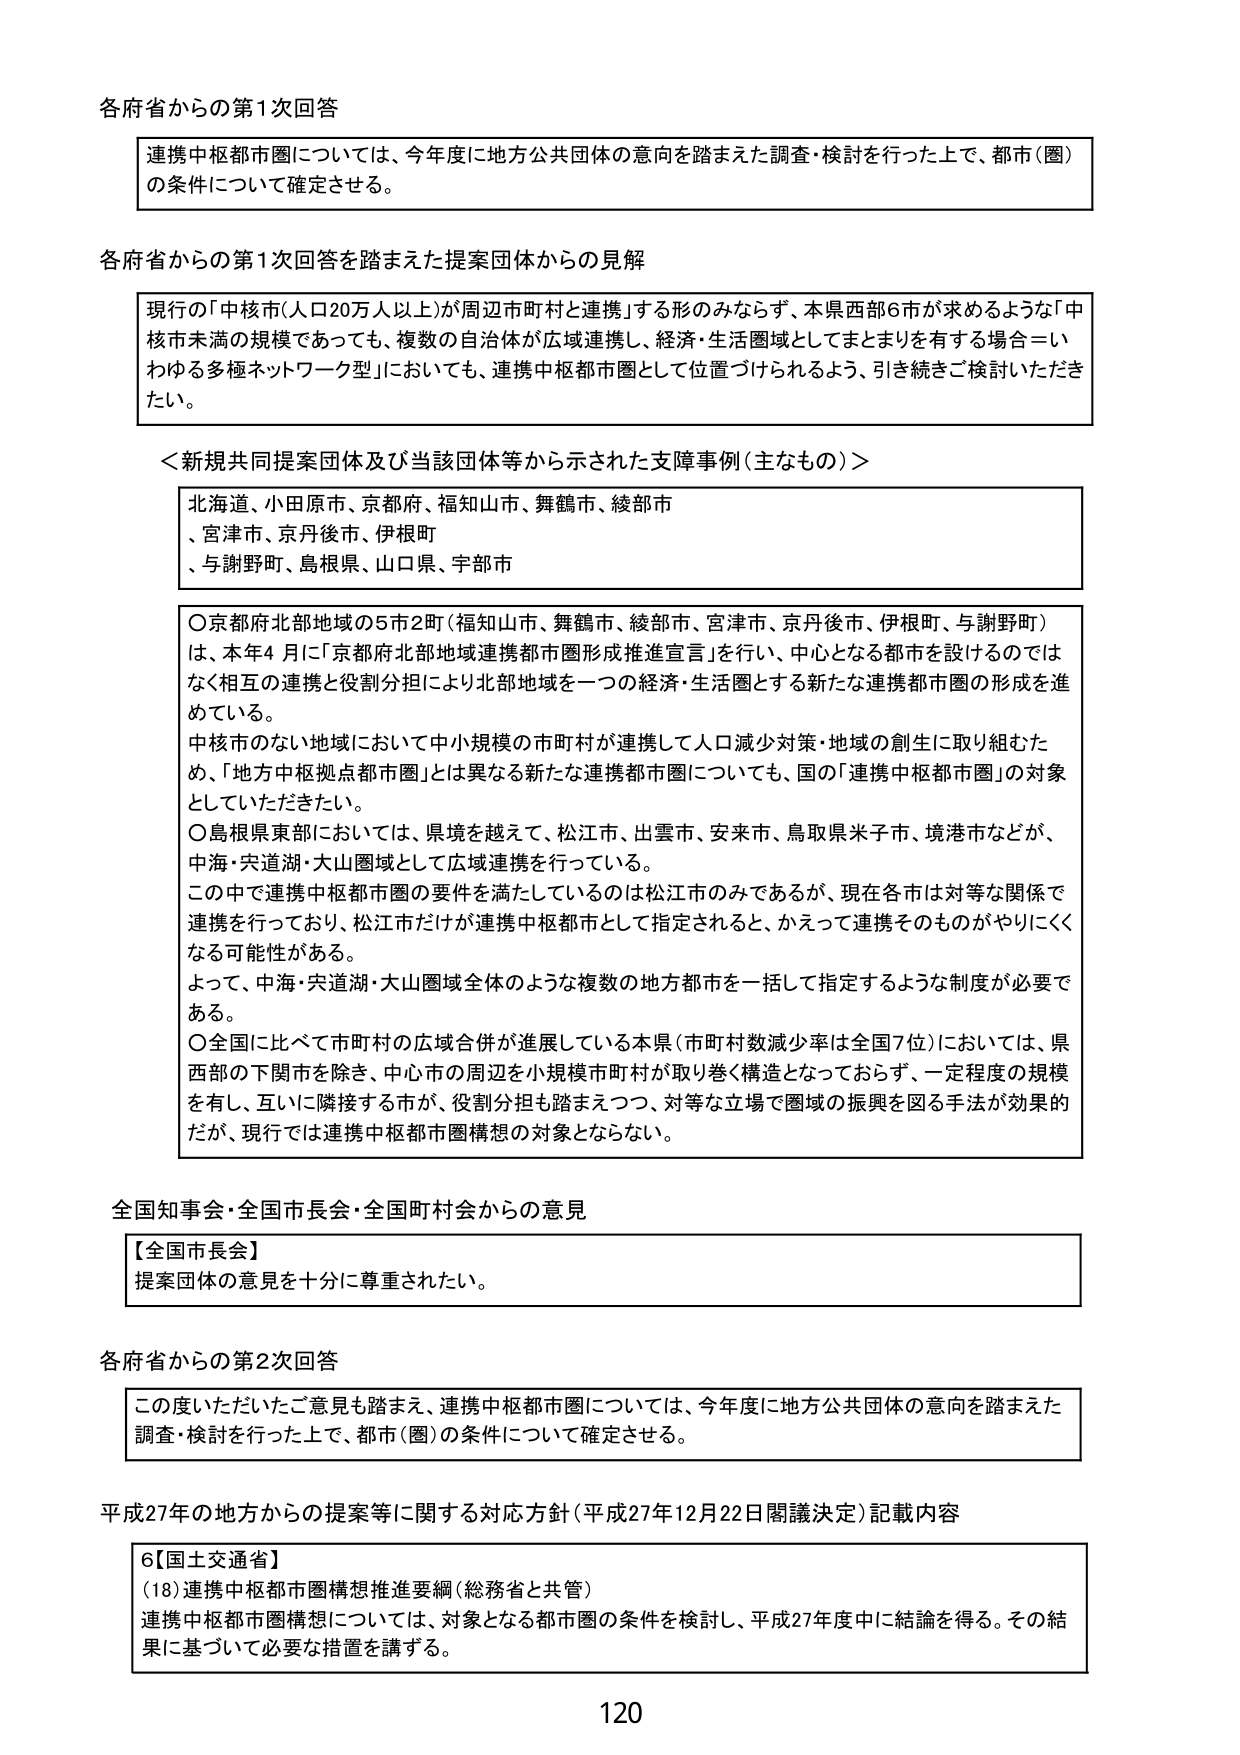
各府省からの第1次回答

連携中枢都市圏については、今年度に地方公共団体の意向を踏まえた調査・検討を行った上で、都市（圏）の条件について確定させる。

各府省からの第1次回答を踏まえた提案団体からの見解

現行の「中核市（人口20万人以上）が周辺市町村と連携」する形のみならず、本県西部6市が求めるような「中核市未満の規模であっても、複数の自治体が広域連携し、経済・生活圏域としてまとまりを有する場合＝いわゆる多極ネットワーク型」においても、連携中枢都市圏として位置づけられるよう、引き続きご検討いただきたい。

＜新規共同提案団体及び当該団体等から示された支援事例（主なもの）＞

北海道、小田原市、京都府、福知山市、舞鶴市、綾部市
、宮津市、京丹後市、伊根町
、与謝野町、島根県、山口県、宇部市

○京都府北部地域の5市2町（福知山市、舞鶴市、綾部市、宮津市、京丹後市、伊根町、与謝野町）は、本年4月に「京都府北部地域連携都市圏形成推進宣言」を行い、中心となる都市を設けるのではなく相互の連携と役割分担により北部地域を一つの経済・生活圏とする新たな連携都市圏の形成を進めている。
中核市のない地域において中小規模の市町村が連携して人口減少対策・地域の創生に取り組むため、「地方中枢拠点都市圏」とは異なる新たな連携都市圏についても、国の「連携中枢都市圏」の対象といただきたい。
○島根県東部においては、県境を越えて、松江市、出雲市、安来市、鳥取県米子市、境港市などが、中海・宍道湖・大山圏域として広域連携を行っている。
この中で連携中枢都市圏の要件を満たしているのは松江市のみであるが、現在各市は対等な関係で連携を行っており、松江市だけが連携中枢都市として指定されると、かえって連携そのものがやりにくくなる可能性がある。
よって、中海・宍道湖・大山圏域全体のような複数の地方都市を一括して指定するような制度が必要である。
○全国に比べて市町村の広域合併が進展している本県（市町村数減少率は全国7位）においては、県西部の下関市を除き、中心市の周辺を小規模市町村が取り巻く構造となっておらず、一定程度の規模を有し、互いに隣接する市が、役割分担も踏まえつつ、対等な立場で圏域の振興を図る手法が効果的だが、現行では連携中枢都市圏構想の対象とならない。

全国知事会・全国市長会・全国町村会からの意見

【全国市長会】
提案団体の意見を十分に尊重されたい。

各府省からの第2次回答

この度いただいたご意見も踏まえ、連携中枢都市圏については、今年度に地方公共団体の意向を踏まえた調査・検討を行った上で、都市（圏）の条件について確定させる。

平成27年の地方からの提案等に関する対応方針（平成27年12月22日閣議決定）記載内容

6【国土交通省】
（18）連携中枢都市圏構想推進要綱（総務省と共管）
連携中枢都市圏構想については、対象となる都市圏の条件を検討し、平成27年度中に結論を得る。その結果に基づいて必要な措置を講ずる。

120